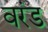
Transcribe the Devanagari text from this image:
वरंड